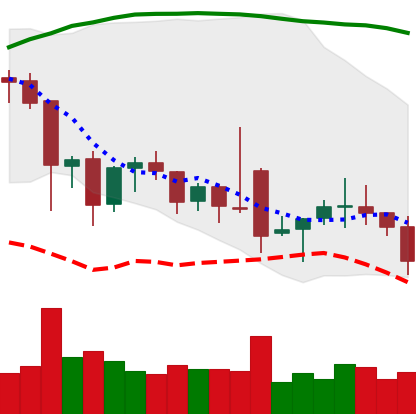
Ticker: ETC-USD
Chart end date: 2021-12-03
Forward return: -8.725%
Label: down_7plus